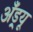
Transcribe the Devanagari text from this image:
अॅँड्र्यू